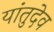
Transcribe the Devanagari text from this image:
यांतुदेव